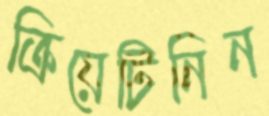
ক্রিয়েটিনিন